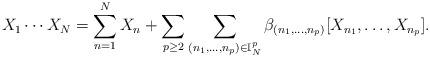
LaTeX: \begin{align*} X_1\cdots X_N =\sum_{n=1}^NX_n+\sum_{p\geq 2}\sum_{(n_1,\dots,n_p)\in\mathbb{I}_N^p}\beta_{(n_1,\dots,n_p)}[X_{n_1},\dots,X_{n_p}].\end{align*}